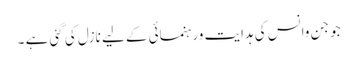
جو جن وانس کی ہدایت ورہنمائی کے لیے نازل کی گئی ہے ۔